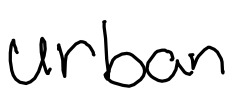
Text: urban
Cross-out: clean
Writing tool: digital_black